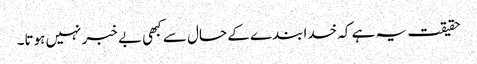
حقیقت یہ ہے کہ خدا بندے کے حال سے کبھی بے خبر نہیں ہوتا۔